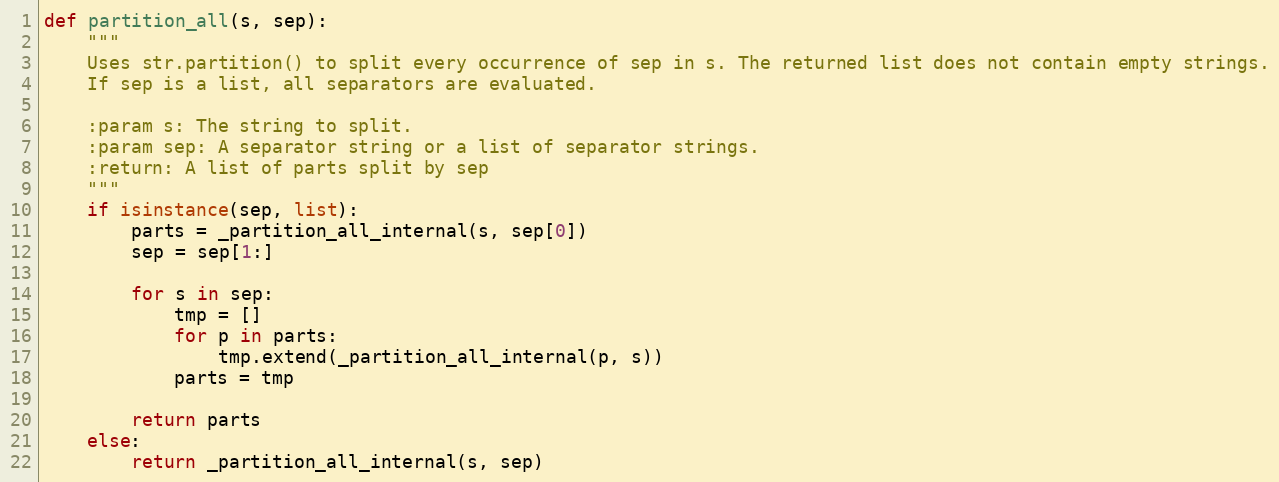
Language: Python
def partition_all(s, sep):
    """
    Uses str.partition() to split every occurrence of sep in s. The returned list does not contain empty strings.
    If sep is a list, all separators are evaluated.

    :param s: The string to split.
    :param sep: A separator string or a list of separator strings.
    :return: A list of parts split by sep
    """
    if isinstance(sep, list):
        parts = _partition_all_internal(s, sep[0])
        sep = sep[1:]

        for s in sep:
            tmp = []
            for p in parts:
                tmp.extend(_partition_all_internal(p, s))
            parts = tmp

        return parts
    else:
        return _partition_all_internal(s, sep)